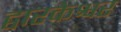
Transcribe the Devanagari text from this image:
द्वारकेश्वर